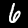
Digit: 6